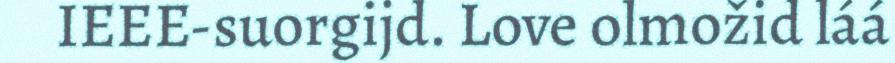
IEEE-suorgijd. Love olmožid láá